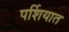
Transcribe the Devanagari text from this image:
पर्शियात